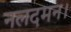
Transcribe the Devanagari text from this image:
नलदमन।